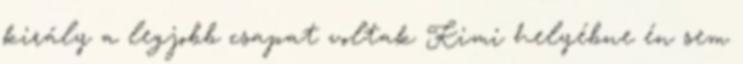
király a legjobb csapat voltak Kimi helyébne én sem